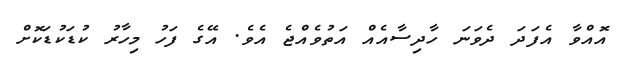
އޮއްވާ އެފަދަ ދެވަނަ ހާދިސާއެއް އަތުވެއްޖެ އެވެ. އޭގެ ފަހު މިހާރު ކުޑަކުޑަކޮށް